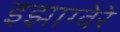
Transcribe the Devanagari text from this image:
इझाग्वेरे